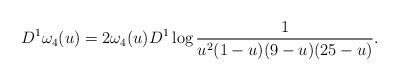
LaTeX: \begin{align*}D^{1}\omega_4(u)=2\omega_4 (u)D^1\log\frac{1}{u^2 (1-u)(9-u) ( 25-u)}.\end{align*}